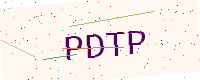
Text: PDTP